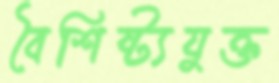
বৈশিষ্ট্যযুক্ত